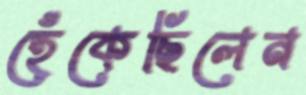
হেঁকেছিলেন